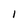
Character: 1